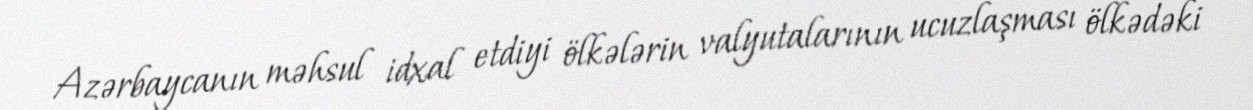
Azərbaycanın məhsul idxal etdiyi ölkələrin valyutalarının ucuzlaşması ölkədəki